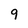
Character: 9